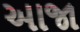
આજા